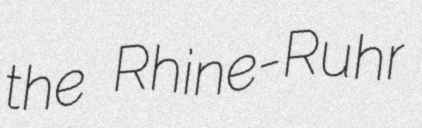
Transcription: the Rhine-Ruhr